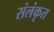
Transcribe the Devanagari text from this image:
संलंकृत